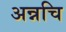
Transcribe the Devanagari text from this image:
अन्नचि